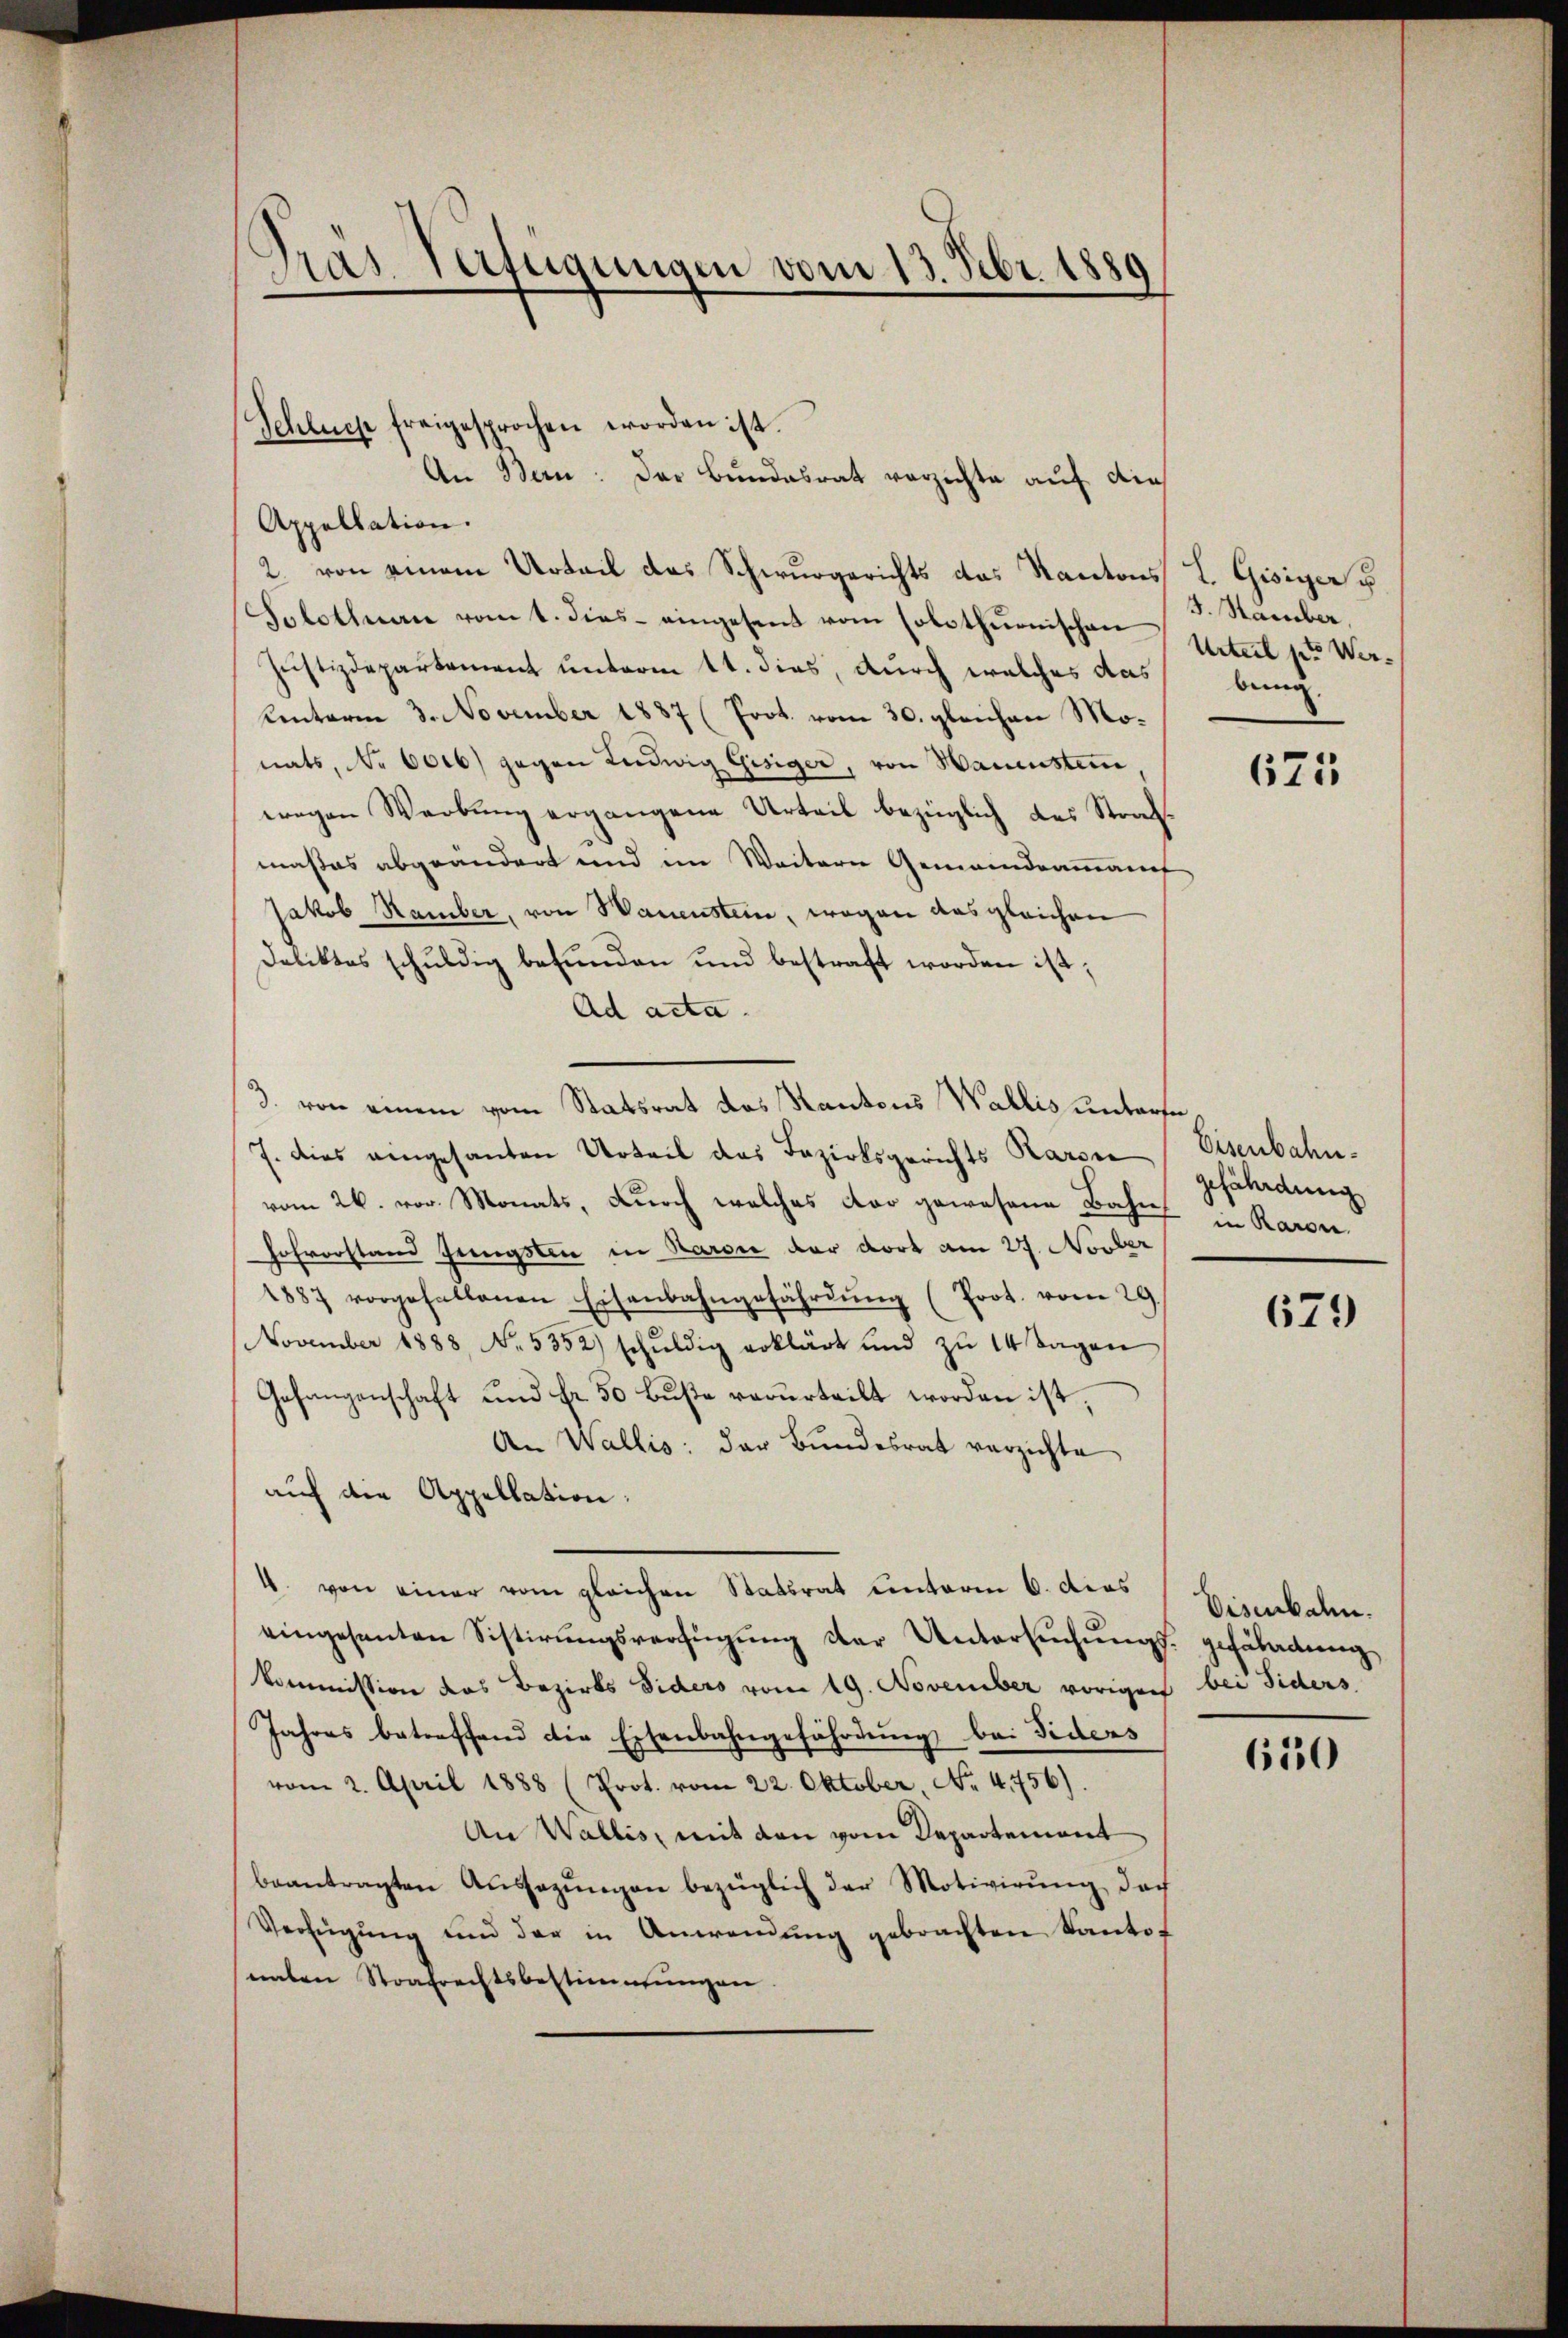
Gras Verfügungen vom 13. Febr. 1889

Schluche freigesprochen worden ist.
An Bern: Der Bundesrat verzichte auf die
Appellation.

2. von einem Urteil das Schwurgerichts das Kantons
Solothurn vom 1. dies eingesent vom Colothŭrnischen
Justizdepartement unterm 11. dies, durch welches das bei¬
Unterm 3. November 1887 (Prot. vom 30. gleichen Monats, No 6006) gegen Ludwig Gisiger, von Hauenstein,
wegen Werbung ergangene Urteil bezüglich des Strafmaßes abgeändert und im Weitern Gemeindeammannt
Jakob Ramber, von Wanenstein, wegen das gleichen
Deliktes schŭldig befŭnden und bestraft worden ist,
Ad acta.
3. von einem vom Statsrat das Kantons Wallis unterse¬
7. Dies eingesanten Urteil das Tazirksgerichts Raron Eisenbahnvom 26. vor. Monats, durch welches der gewesene Bahn¬
Fehrerstand Jüngsten in Karoie der dort am 27. Novber
1887 vorgefallenen Eisenbahngefährdŭng (Prot. vom 29.
NNovember 1888, No. 5352) schŭldig erklärt und zŭ 14 Tagen
Gefangenschaft und Fr. 50 Bŭβe verurteilt worden ist,
An Wallis: der Bundesrat verzichte
auf die Appellation:
4. von einer vom gleichen Statsrat einterm 6. dies Bienbahn.
eingesanten Sistirŭngsverfügung der Untersuchungs- gefährdung
kommission das Bezirks Siders vom 19. November vorigen bei Siders
Jahres betreffend die Eisenbahngefährdung bei Siders
vom 2. April 1888 (Prot. vom 22. Oktober, No. 4756).
An Wallis, mit den vom Departement
beantragten Ausezungen bezüglich der Motivirung das
Verfügŭng und der in Anwendŭng gebrachten Kanton
naten Strafrechtsbestimmungen.

L. Gisiger u
3. Hamber,
Unterl pt. Wer¬

625

gefährdung
in Raron

679

650